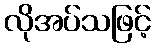
လိုအပ်သဖြင့်